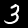
Label: 3